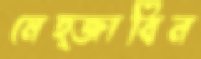
মেহ্জাবিন